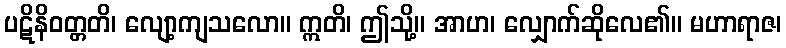
ပဋိနိဝတ္တတိ၊ လျော့ကျသလော။ ဣတိ၊ ဤသို့။ အာဟ၊ လျှောက်ဆိုလေ၏။ မဟာရာဇ၊